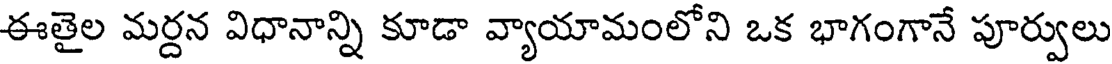
ఈతైల మర్దన విధానాన్ని కూడా వ్యాయామంలోని ఒక భాగంగానే పూర్వులు